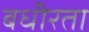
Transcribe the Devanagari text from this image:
बधीरता